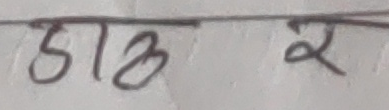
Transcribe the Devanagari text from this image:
ठाकुर